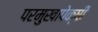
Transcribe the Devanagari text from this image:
परमुखापेक्षी